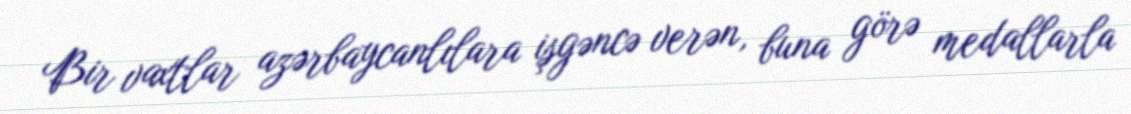
Bir vaxtlar azərbaycanlılara işgəncə verən, buna görə medallarla